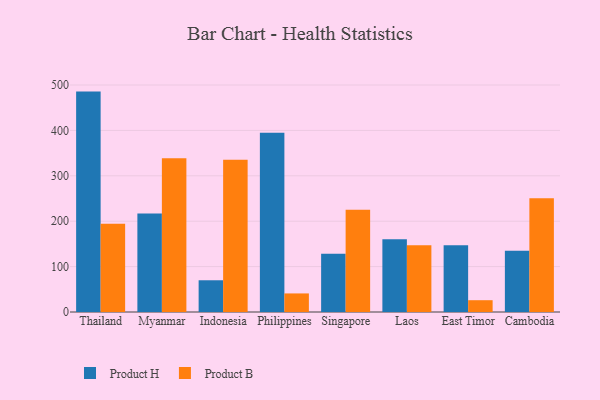
{"axis": {"x": "Country", "y": "Bounce Rate (%)"}, "legend": ["Product B", "Product H"], "data": [{"x": "Thailand", "y": 485.5, "type": "Product H"}, {"x": "Thailand", "y": 194.6, "type": "Product B"}, {"x": "Myanmar", "y": 217.2, "type": "Product H"}, {"x": "Myanmar", "y": 338.9, "type": "Product B"}, {"x": "Indonesia", "y": 69.9, "type": "Product H"}, {"x": "Indonesia", "y": 335.2, "type": "Product B"}, {"x": "Philippines", "y": 394.6, "type": "Product H"}, {"x": "Philippines", "y": 40.9, "type": "Product B"}, {"x": "Singapore", "y": 128.4, "type": "Product H"}, {"x": "Singapore", "y": 225.4, "type": "Product B"}, {"x": "Laos", "y": 160.5, "type": "Product H"}, {"x": "Laos", "y": 146.9, "type": "Product B"}, {"x": "East Timor", "y": 146.8, "type": "Product H"}, {"x": "East Timor", "y": 26.0, "type": "Product B"}, {"x": "Cambodia", "y": 135.0, "type": "Product H"}, {"x": "Cambodia", "y": 250.5, "type": "Product B"}]}